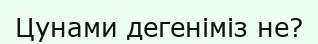
Цунами дегеніміз не?